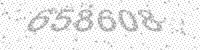
Solution: 658608